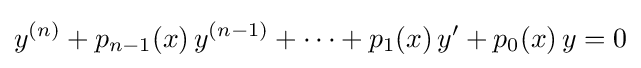
y^{(n)}+p_{n-1}(x)\,y^{(n-1)}+\cdots +p_{1}(x)\,y'+p_{0}(x)\,y=0